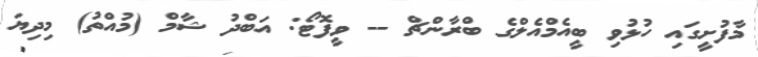
މާފުށީގައި ހުޅުވި ބީއެމްއެލްގެ ބްރާންޗް -- ވީފޮޓޯ: އަބްދު ޝާމް (މުއްތު) މިދިޔަ